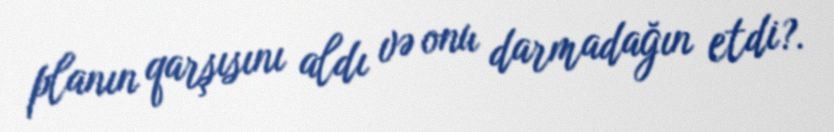
planın qarşısını aldı və onu darmadağın etdi?.